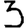
Digit: 3